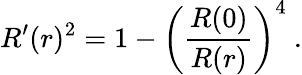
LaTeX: R^{\prime}(r)^{2}=1-\left({\frac{R(0)}{R(r)}}\right)^{4}\ .